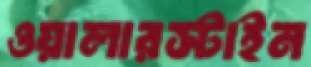
ওয়ালারস্টাইন